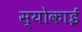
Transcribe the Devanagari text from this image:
स्योकाई